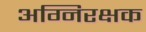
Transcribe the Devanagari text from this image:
अग्निरक्षक